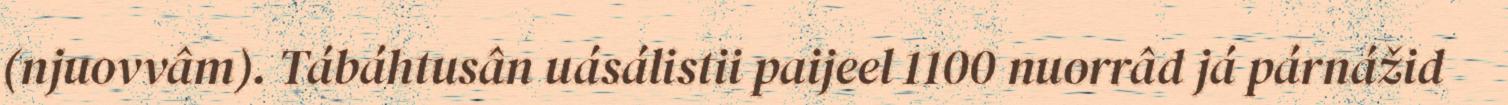
(njuovvâm). Tábáhtusân uásálistii paijeel 1100 nuorrâd já párnážid